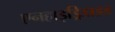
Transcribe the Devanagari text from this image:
एनहाइड्रिडाइड